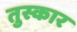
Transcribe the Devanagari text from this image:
तुस्कार